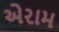
એરામ